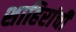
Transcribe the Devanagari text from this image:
शाहिरांची